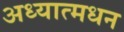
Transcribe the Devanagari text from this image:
अध्यात्मधन